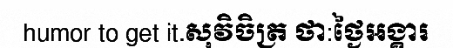
humor to get it.សុវិចិត្រ ថា:ថ្ងៃអង្គារ